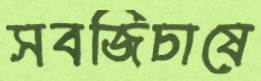
সবজিচাষে